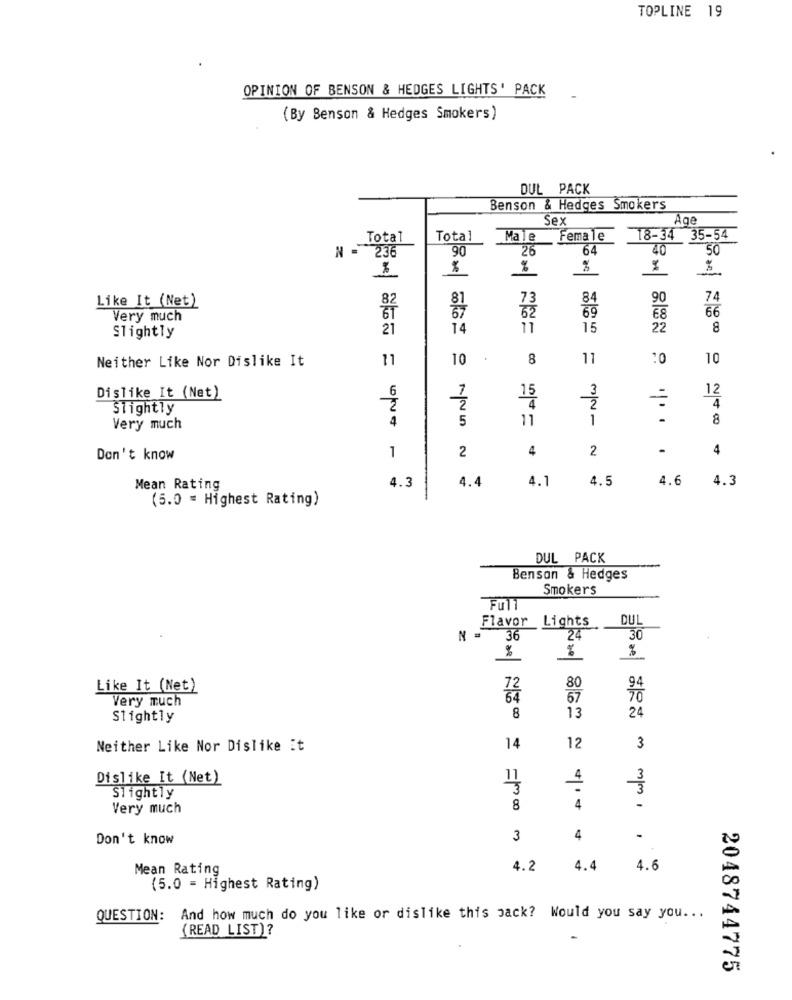
TOPLINE 19
OPINION OF BENSON & HEDGES LIGHTS' PACK
(By Benson & Hedges Smokers)
DUL PACK
Benson & Hedges Smokers
Sex
lge
Total
Total
Male
Female
18-34 35-54
N = 236
90
26
64
50
%
%
%
%
81
73
84
90
74
Like It (Net)
62
69
66
Very much
€8
21
14
15
22
8
Slightly
Neither Like Nor Dislike It
11
10
8
11
:0
10
6
15
3
12
Dislike It (Net)
1
4
4
Slightly
2
4
5
11
1
8
Very much
2
4
2
.
4
Don't know
1
4.3
4.4
4.1
4.5
4.6
4.3
Mean Rating
(5.0 = Highest Rating)
DUL PACK
Benson & Hedges
Smokers
Flavor Lights
DUL
N =
36
24
30
%
%
0
Like It (Net)
80
Very much
67
24
Slightly
8
13
Neither Like Nor Dislike it
14
12
3
Dislike It (Net)
4
Slightly
Very much
8
4
-
Don't know
3
4
.
Mean Rating
4.2
4.4
4.6
(5.0 = Highest Rating)
QUESTION: And how much do you like or dislike this pack? Would you say you ...
(READ LIST)?
-
2048744775